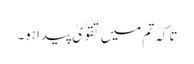
تاکہ تم میں تقوٰ یٰ پید اہو۔